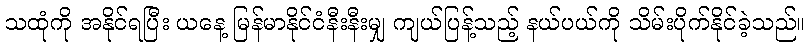
သထုံကို အနိုင်ရပြီး ယနေ့ မြန်မာနိုင်ငံနီးနီးမျှ ကျယ်ပြန့်သည့် နယ်ပယ်ကို သိမ်းပိုက်နိုင်ခဲ့သည်။